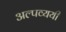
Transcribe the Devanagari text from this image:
अल्पव्ययी